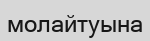
молайтуына